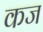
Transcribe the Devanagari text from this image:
कज